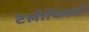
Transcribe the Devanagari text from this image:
टेलीफिल्मों